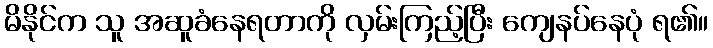
မိနိုင်က သူ အဆူခံနေရတာကို လှမ်းကြည့်ပြီး ကျေနပ်နေပုံ ရ၏။